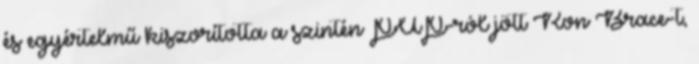
és egyértelmű kiszorította a szintén PUP-ról jött Ron Brace-t,